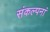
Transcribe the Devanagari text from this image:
संकल्पनां